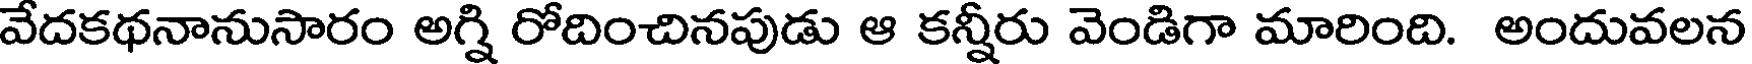
వేదకథనానుసారం అగ్ని రోదించినపుడు ఆ కన్నీరు వెండిగా మారింది. అందువలన